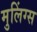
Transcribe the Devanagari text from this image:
मुलिंग्स